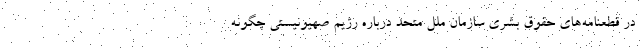
در قطعنامه‌هاي حقوق بشري سازمان ملل متحد درباره رژيم صهيونيستي چگونه